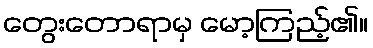
တွေးတောရာမှ မော့ကြည့်၏။